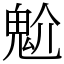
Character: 魀